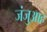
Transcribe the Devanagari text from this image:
जंजुआह